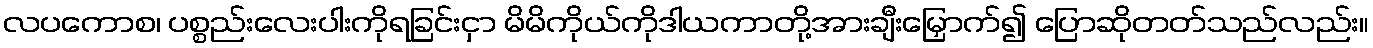
လပကောစ၊ ပစ္စည်းလေးပါးကိုရခြင်းငှာ မိမိကိုယ်ကိုဒါယကာတို့အားချီးမြှောက်၍ ပြောဆိုတတ်သည်လည်း။